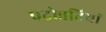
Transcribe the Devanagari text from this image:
पदोन्नतियां